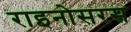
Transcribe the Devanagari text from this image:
राइनोसरस